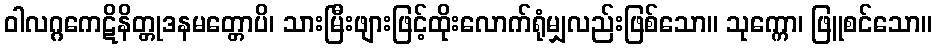
ဝါလဂ္ဂကေဋိနိတ္တုဒနမတ္တောပိ၊ သားမြီးဖျားဖြင့်ထိုးလောက်ရုံမျှလည်းဖြစ်သော။ သုက္ကော၊ ဖြူစင်သော။